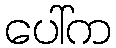
ပေါ်က